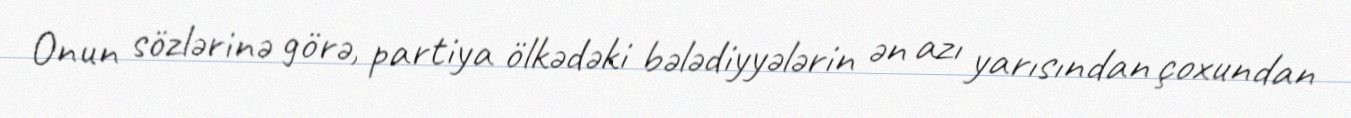
Onun sözlərinə görə, partiya ölkədəki bələdiyyələrin ən azı yarısından çoxundan